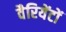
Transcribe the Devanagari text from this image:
वैरियेंटों